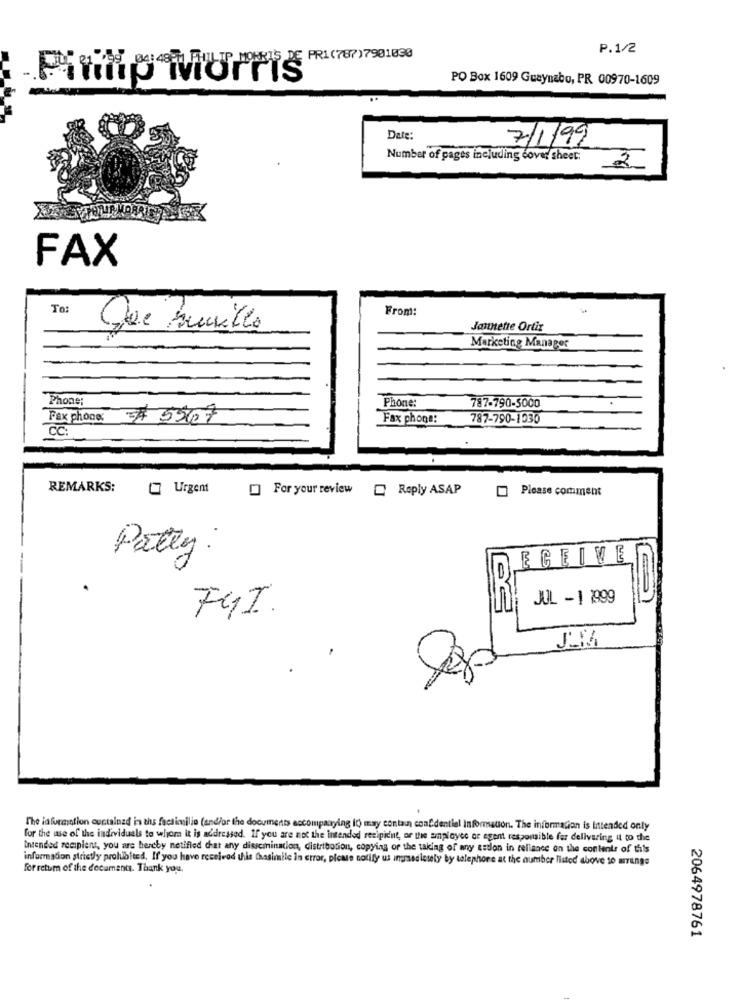
P.1/2
PO Box 1609 Guaynabo, PR 00970-1609
Piritip Morris
Date:
7/1/99
Number of pages including cover Sheet:
2
FAX
To:
From:
Que murillo
Jannette Ortiz
Marketing Manager
Phone
787-790-5000
Phone:
Fax phone: # 55107
Fax phone:
787-790-1030
CC:
REMARKS:
Urgent
For your review [ Reply ASAP
Please comment
Patty.
ECEIVE
JUL -1 1999
FUI.
The information contained in ths facsimilio (and/or the docuinents accompanying i) may contain confidential Information. The information is Intended only
for the wse of the individuels to whom it is addressed. If you are not the intended recipient, or the employee or agent responsible for delivering i to the
Intended recipient, you are hereby notified ciat any dissemnination, distribution, copying or the taking of any action in reliance on the contents of this
information strictly prohibited. If you have received this Chasimile in error, please notify us immediately by telephone at the number listed above to arange
for retum of the documents. Thank you.
2064978761